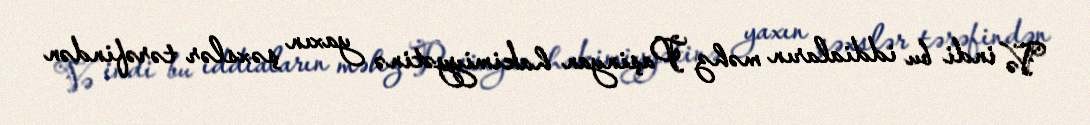
Və indi bu iddiaların məhz Paşinyan hakimiyyətinə yaxın şəxslər tərəfindən